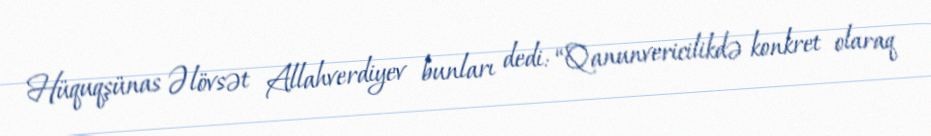
Hüquqşünas Əlövsət Allahverdiyev bunları dedi: “Qanunvericilikdə konkret olaraq